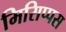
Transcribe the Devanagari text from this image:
मिसिप्पस